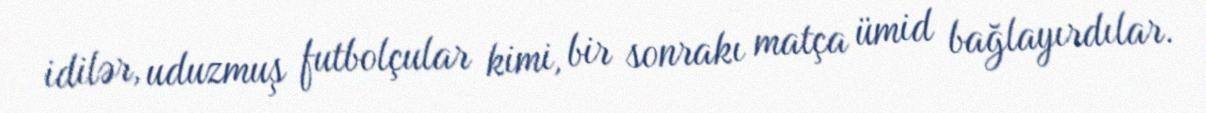
idilər, uduzmuş futbolçular kimi, bir sonrakı matça ümid bağlayırdılar.